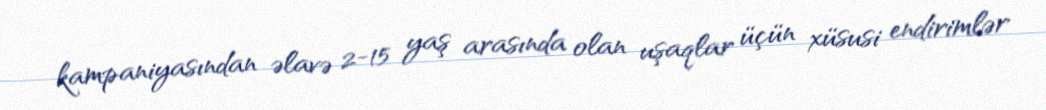
kampaniyasından əlavə 2-15 yaş arasında olan uşaqlar üçün xüsusi endirimlər